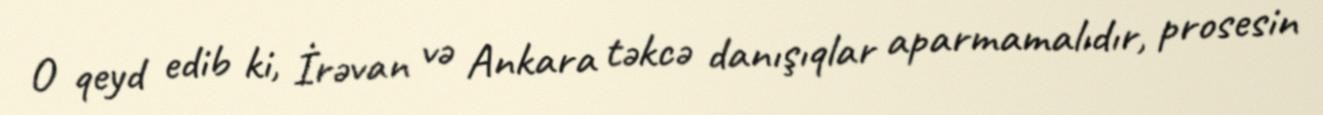
O qeyd edib ki, İrəvan və Ankara təkcə danışıqlar aparmamalıdır, prosesin